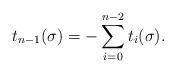
LaTeX: \begin{align*}t_{n-1}(\sigma)=-\sum_{i=0}^{n-2}t_i(\sigma).\end{align*}